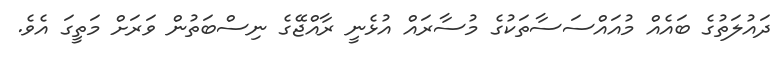
ދައުލަތުގެ ބައެއް މުއައްސަސާތަކުގެ މުސާރައް އުޅެނީ ރާއްޖޭގެ ނިސްބަތުން ވަރަށް މަތީގަ އެވެ.